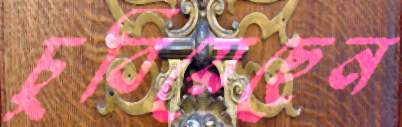
চুবিয়েছেন